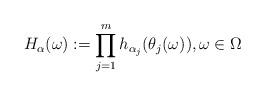
LaTeX: \begin{align*} H_{\alpha}(\omega) := \prod_{j=1}^mh_{\alpha_j}(\theta_j(\omega)), \omega\in\Omega\end{align*}